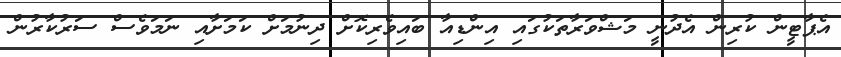
އެޕާޓީން ކުރިން އެދުނީ މަޝްވަރާތަކުގައި އިންޑިއާ ބައިވެރިކޮށް ދިނުމަށް ކަމަށާއި ނަމަވެސް ސަރުކާރުން